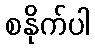
စနိုက်ပါ